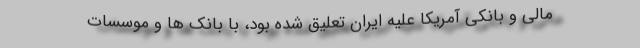
مالی و بانکی آمریکا علیه ایران تعلیق شده بود، با بانک ها و موسسات